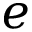
e